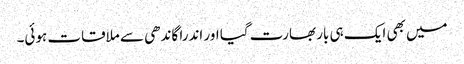
میں بھی ایک ہی بار بھارت گیا اور اندرا گاندھی سے ملاقات ہوئی۔